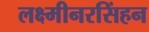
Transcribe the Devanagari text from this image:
लक्ष्मीनरसिंहन